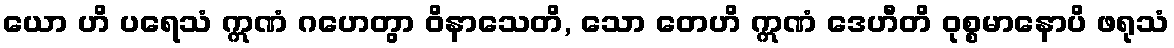
ယော ဟိ ပရေသံ ဣဏံ ဂဟေတွာ ဝိနာသေတိ, သော တေဟိ ဣဏံ ဒေဟီတိ ဝုစ္စမာနောပိ ဖရုသံ